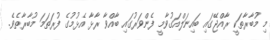
މި މުބާރާތަކީ ރާއްޖޭގައި ބައިނަލްއަގުވާމީ ފެންވަރުގައި ބާއްވާ ރާޅާ އެޅުމުގެ ފުރަތަމަ މުބާރާތެވެ.